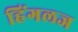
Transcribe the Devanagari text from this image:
हिंगलज